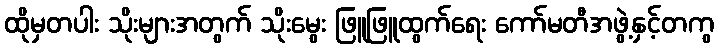
ထိုမှတပါး သိုးများအတွက် သိုးမွေး ဖြူဖြူထွက်ရေး ကော်မတီအဖွဲ့နှင့်တကွ